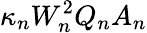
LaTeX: \kappa_{n}W_{n}^{2}Q_{n}A_{n}